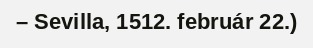
– Sevilla, 1512. február 22.)